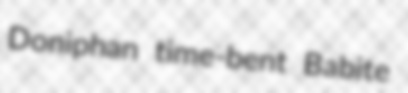
Doniphan time-bent Babite